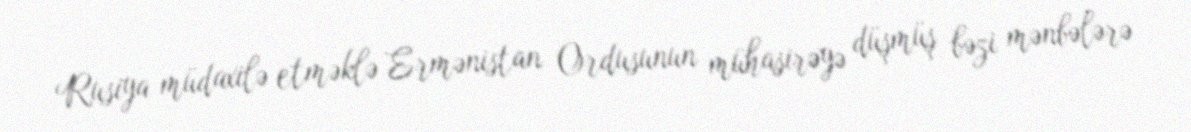
Rusiya müdaxilə etməklə Ermənistan Ordusunun mühasirəyə düşmüş bəzi mənbələrə